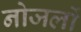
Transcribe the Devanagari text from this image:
नोजलों